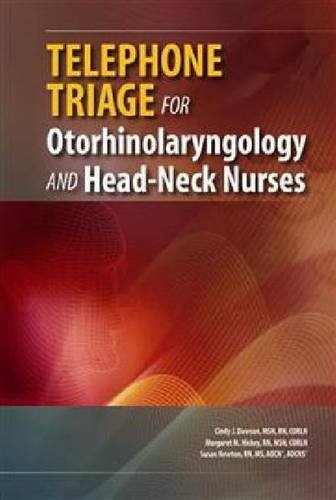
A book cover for Telephone Triage for Otorhinolaryngology and Head-Neck Nurses; Cindy J. Dawson; Medical Books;